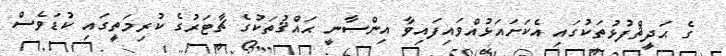
ގެ ޙަދީޘްފުޅުތަކުގައި އެކަށައަޅުއްވައިފައިވާ އިންސާނީ ޙައްޤުތަކުގެ ޗާޓަރުގެ ކުރިމަތީގައި ކުޑަވެސް